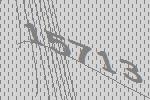
15713